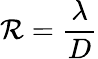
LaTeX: \mathcal{R}={\frac{{\lambda}}{{D}}}